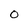
Character: O